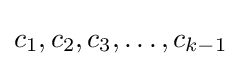
c_{1},c_{2},c_{3},\ldots ,c_{k-1}